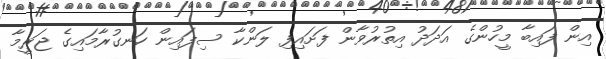
އިން ފައިބާ މީހުންގެ އަދަދު އިތުރުވާން ފަށައިފި ލަންކާ ސިފައިން ހަނގުރާމައިގެ ޖަރީމާ